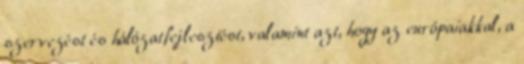
szervezést és hálózatfejlesztést, valamint azt, hogy az európaiakkal, a